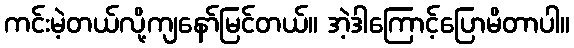
ကင်းမဲ့တယ်လို့ကျနော်မြင်တယ်။ အဲ့ဒါကြောင့်ပြောမိတာပါ။